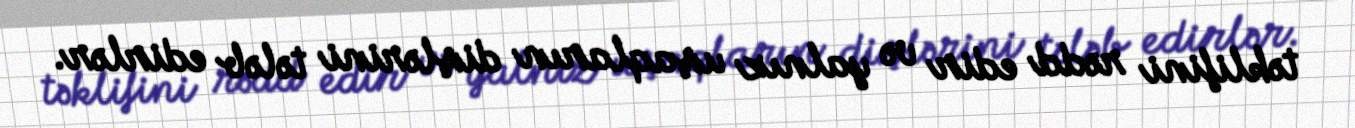
təklifini rədd edir və yalnız uşaqların dişlərini tələb edirlər.